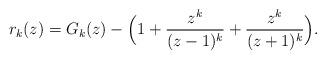
LaTeX: \begin{align*} r_k(z) = G_k(z)- \Big(1 + \frac{z^k}{(z-1)^k} + \frac{z^k}{(z+1)^k} \Big). \end{align*}